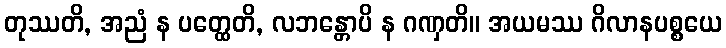
တုဿတိ, အညံ န ပတ္ထေတိ, လဘန္တောပိ န ဂဏှတိ။ အယမဿ ဂိလာနပစ္စယေ